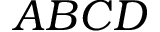
A B C D